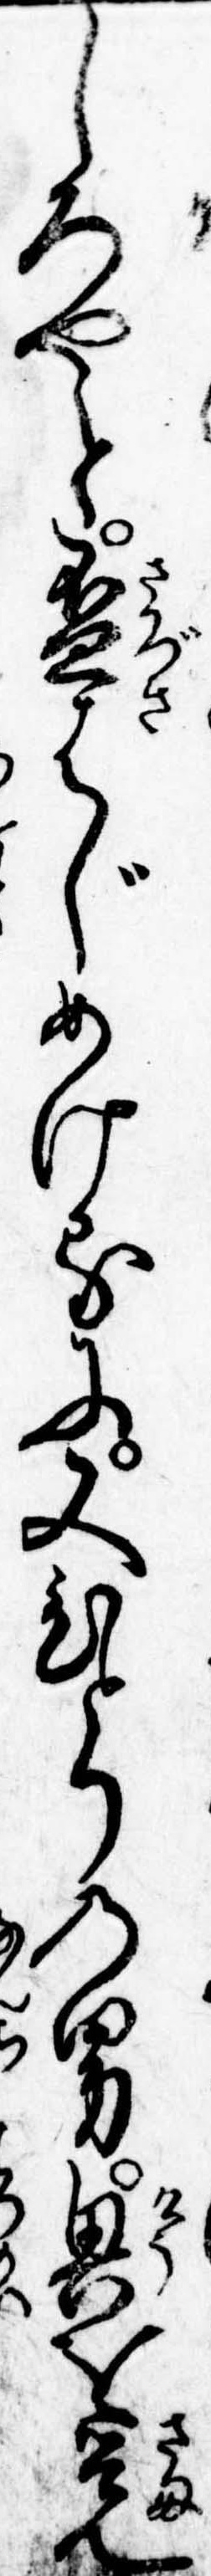
しろやと杯はじめけるに又ひとりの男興を覚